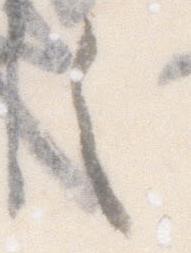
之